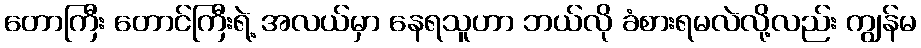
တောကြီး တောင်ကြီးရဲ့ အလယ်မှာ နေရသူဟာ ဘယ်လို ခံစားရမလဲလို့လည်း ကျွန်မ